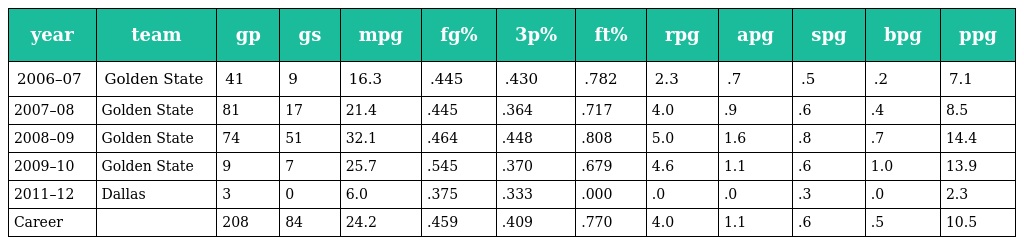
| year | team | gp | gs | mpg | fg% | 3p% | ft% | rpg | apg | spg | bpg | ppg |
 | --- | --- | --- | --- | --- | --- | --- | --- | --- | --- | --- | --- | --- |
 | 2006–07 | Golden State | 41 | 9 | 16.3 | .445 | .430 | .782 | 2.3 | .7 | .5 | .2 | 7.1 |
 | 2007–08 | Golden State | 81 | 17 | 21.4 | .445 | .364 | .717 | 4.0 | .9 | .6 | .4 | 8.5 |
 | 2008–09 | Golden State | 74 | 51 | 32.1 | .464 | .448 | .808 | 5.0 | 1.6 | .8 | .7 | 14.4 |
 | 2009–10 | Golden State | 9 | 7 | 25.7 | .545 | .370 | .679 | 4.6 | 1.1 | .6 | 1.0 | 13.9 |
 | 2011–12 | Dallas | 3 | 0 | 6.0 | .375 | .333 | .000 | .0 | .0 | .3 | .0 | 2.3 |
 | Career |  | 208 | 84 | 24.2 | .459 | .409 | .770 | 4.0 | 1.1 | .6 | .5 | 10.5 |